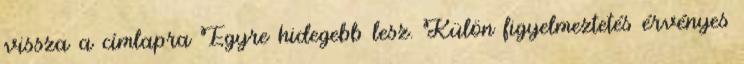
vissza a címlapra Egyre hidegebb lesz. Külön figyelmeztetés érvényes